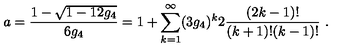
a = \frac { 1 - \sqrt { 1 - 1 2 g _ { 4 } } } { 6 g _ { 4 } } = 1 + \sum _ { k = 1 } ^ { \infty } ( 3 g _ { 4 } ) ^ { k } 2 \frac { ( 2 k - 1 ) ! } { ( k + 1 ) ! ( k - 1 ) ! } \ .